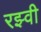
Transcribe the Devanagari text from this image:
रझ्वी